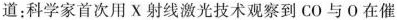
道：科学家首次用X射线激光技术观察到CO与O在催